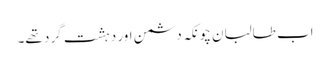
اب طالبان چونکہ دشمن اور دہشت گرد تھے۔